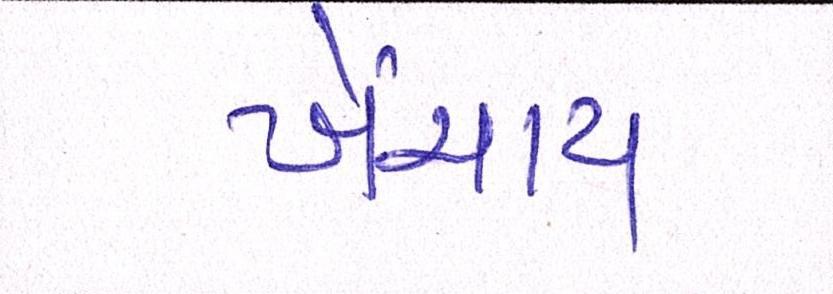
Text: ખેંચાય